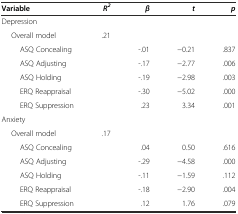
| Variable | R2 | β | t | p |
 | --- | --- | --- | --- | --- |
 | Depression |  |  |  |  |
 | Overall model | .21 |  |  |  |
 | ASQ Concealing |  | -.01 | −0.21 | .837 |
 | ASQ Adjusting |  | -.17 | −2.77 | .006 |
 | ASQ Holding |  | -.19 | −2.98 | .003 |
 | ERQ Reappraisal |  | -.30 | −5.02 | .000 |
 | ERQ Suppression |  | .23 | 3.34 | .001 |
 | Anxiety |  |  |  |  |
 | Overall model | .17 |  |  |  |
 | ASQ Concealing |  | .04 | 0.50 | .616 |
 | ASQ Adjusting |  | -.29 | −4.58 | .000 |
 | ASQ Holding |  | -.11 | −1.59 | .112 |
 | ERQ Reappraisal |  | -.18 | −2.90 | .004 |
 | ERQ Suppression |  | .12 | 1.76 | .079 |